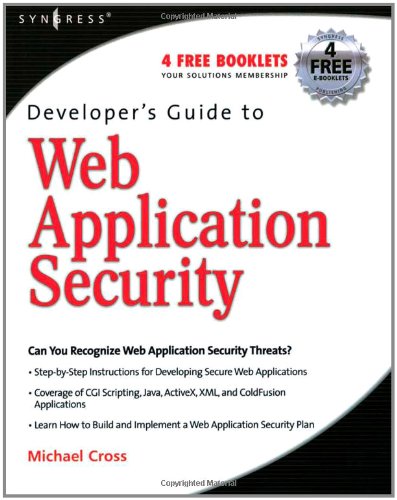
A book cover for Developer's Guide to Web Application Security; Michael Cross; Computers & Technology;